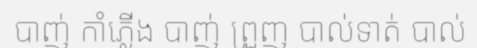
បាញ់ កាំភ្លើង បាញ់ ព្រួញ បាល់ទាត់ បាល់